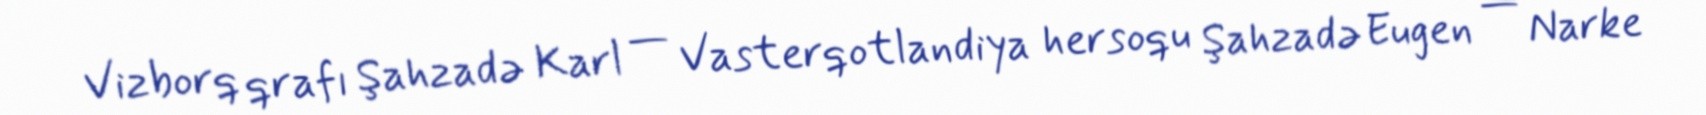
Vizborq qrafı Şahzadə Karl — Vasterqotlandiya hersoqu Şahzadə Eugen — Narke